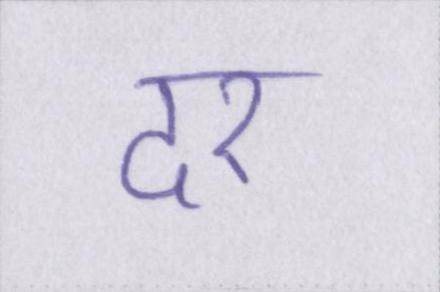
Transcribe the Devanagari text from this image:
दर